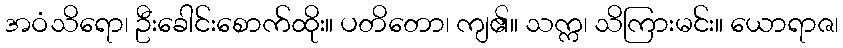
အဝံသိရော၊ ဦးခေါင်းစောက်ထိုး။ ပတိတော၊ ကျ၏။ သက္က၊ သိကြားမင်း။ ယောရာဇ၊